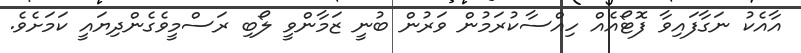
އާއެކު ނަގާފައިވާ ފޮޓޯއެއް ހިއްސާކުރަމުން ވަރުން ބުނީ ޒަމާންވީ ލޯބި ރަސްމީވެގެންދިޔައީ ކަމަށެވެ.